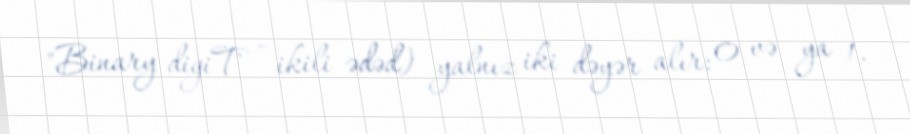
"Binary digiT" - ikili ədəd) yalnız iki dəyər alır: 0 və ya 1.